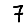
Digit: 7